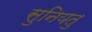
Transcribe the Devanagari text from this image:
सुनियतु